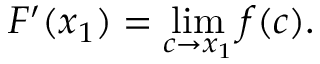
F ^ { \prime } ( x _ { 1 } ) = \operatorname* { l i m } _ { c \to x _ { 1 } } f ( c ) .